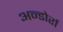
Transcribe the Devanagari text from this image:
अन्डोर्रा